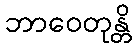
ဘာဝေတုန္တိ